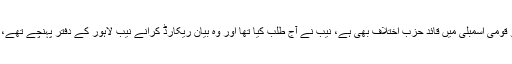
شہباز شریف کو، جو قومی اسمبلی میں قائد حزب اختلاف بھی ہے، نیب نے آج طلب کیا تھا اور وہ بیان ریکارڈ کرانے نیب لاہور کے دفتر پہنچے تھے، جہاں انہیں پہلے …